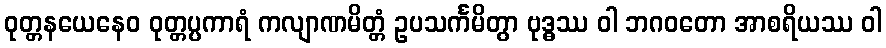
ဝုတ္တနယေနေဝ ဝုတ္တပ္ပကာရံ ကလျာဏမိတ္တံ ဥပသင်္ကမိတွာ ဗုဒ္ဓဿ ဝါ ဘဂဝတော အာစရိယဿ ဝါ